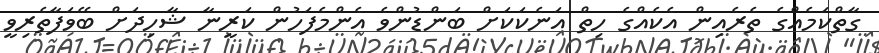
ގާތްކަމެއްގެ ތެރެއިން އެކެއްގެ ހިތް އަނެކަކަށް ބަންޑުންވެ އެންމެފަހުން ކަރީނާ ޝާހިދަށް ބޭވަފާތެރިވީ